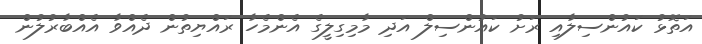
އަތޮޅު ކައުންސިލާއި ރަށު ކައުންސިލް އަދި މާމިގިލީގެ އެންމެހާ ރައްޔިތުން ދެއްވާ އެއްބާރުލުން